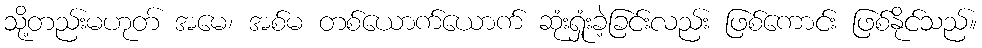
သို့တည်းမဟုတ် အမေ၊ အစ်မ တစ်ယောက်ယောက် ဆုံးရှုံးခဲ့ခြင်းလည်း ဖြစ်ကောင်း ဖြစ်နိုင်သည်။